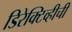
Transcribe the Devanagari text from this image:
डिरेक्टिव्हीची